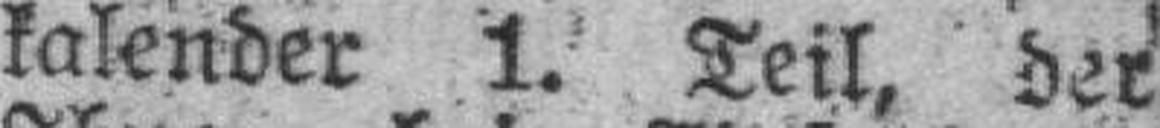
kalender 1. Teil, der